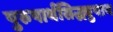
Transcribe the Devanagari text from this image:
पुरुषार्थसिद्ध्युपाय